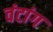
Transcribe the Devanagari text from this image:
वंटांग